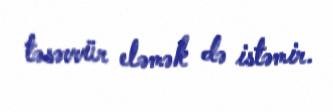
təsəvvür eləmək də istəmir.